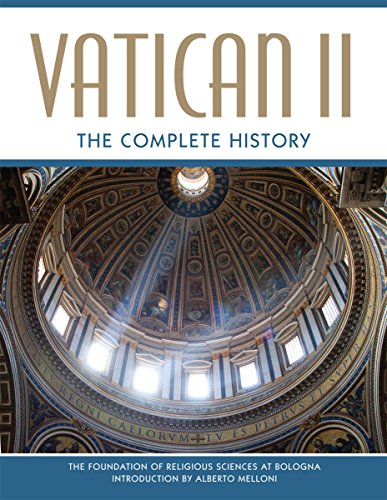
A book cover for Vatican II: The Complete History; Alberto Melloni; Christian Books & Bibles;